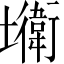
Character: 𡓎